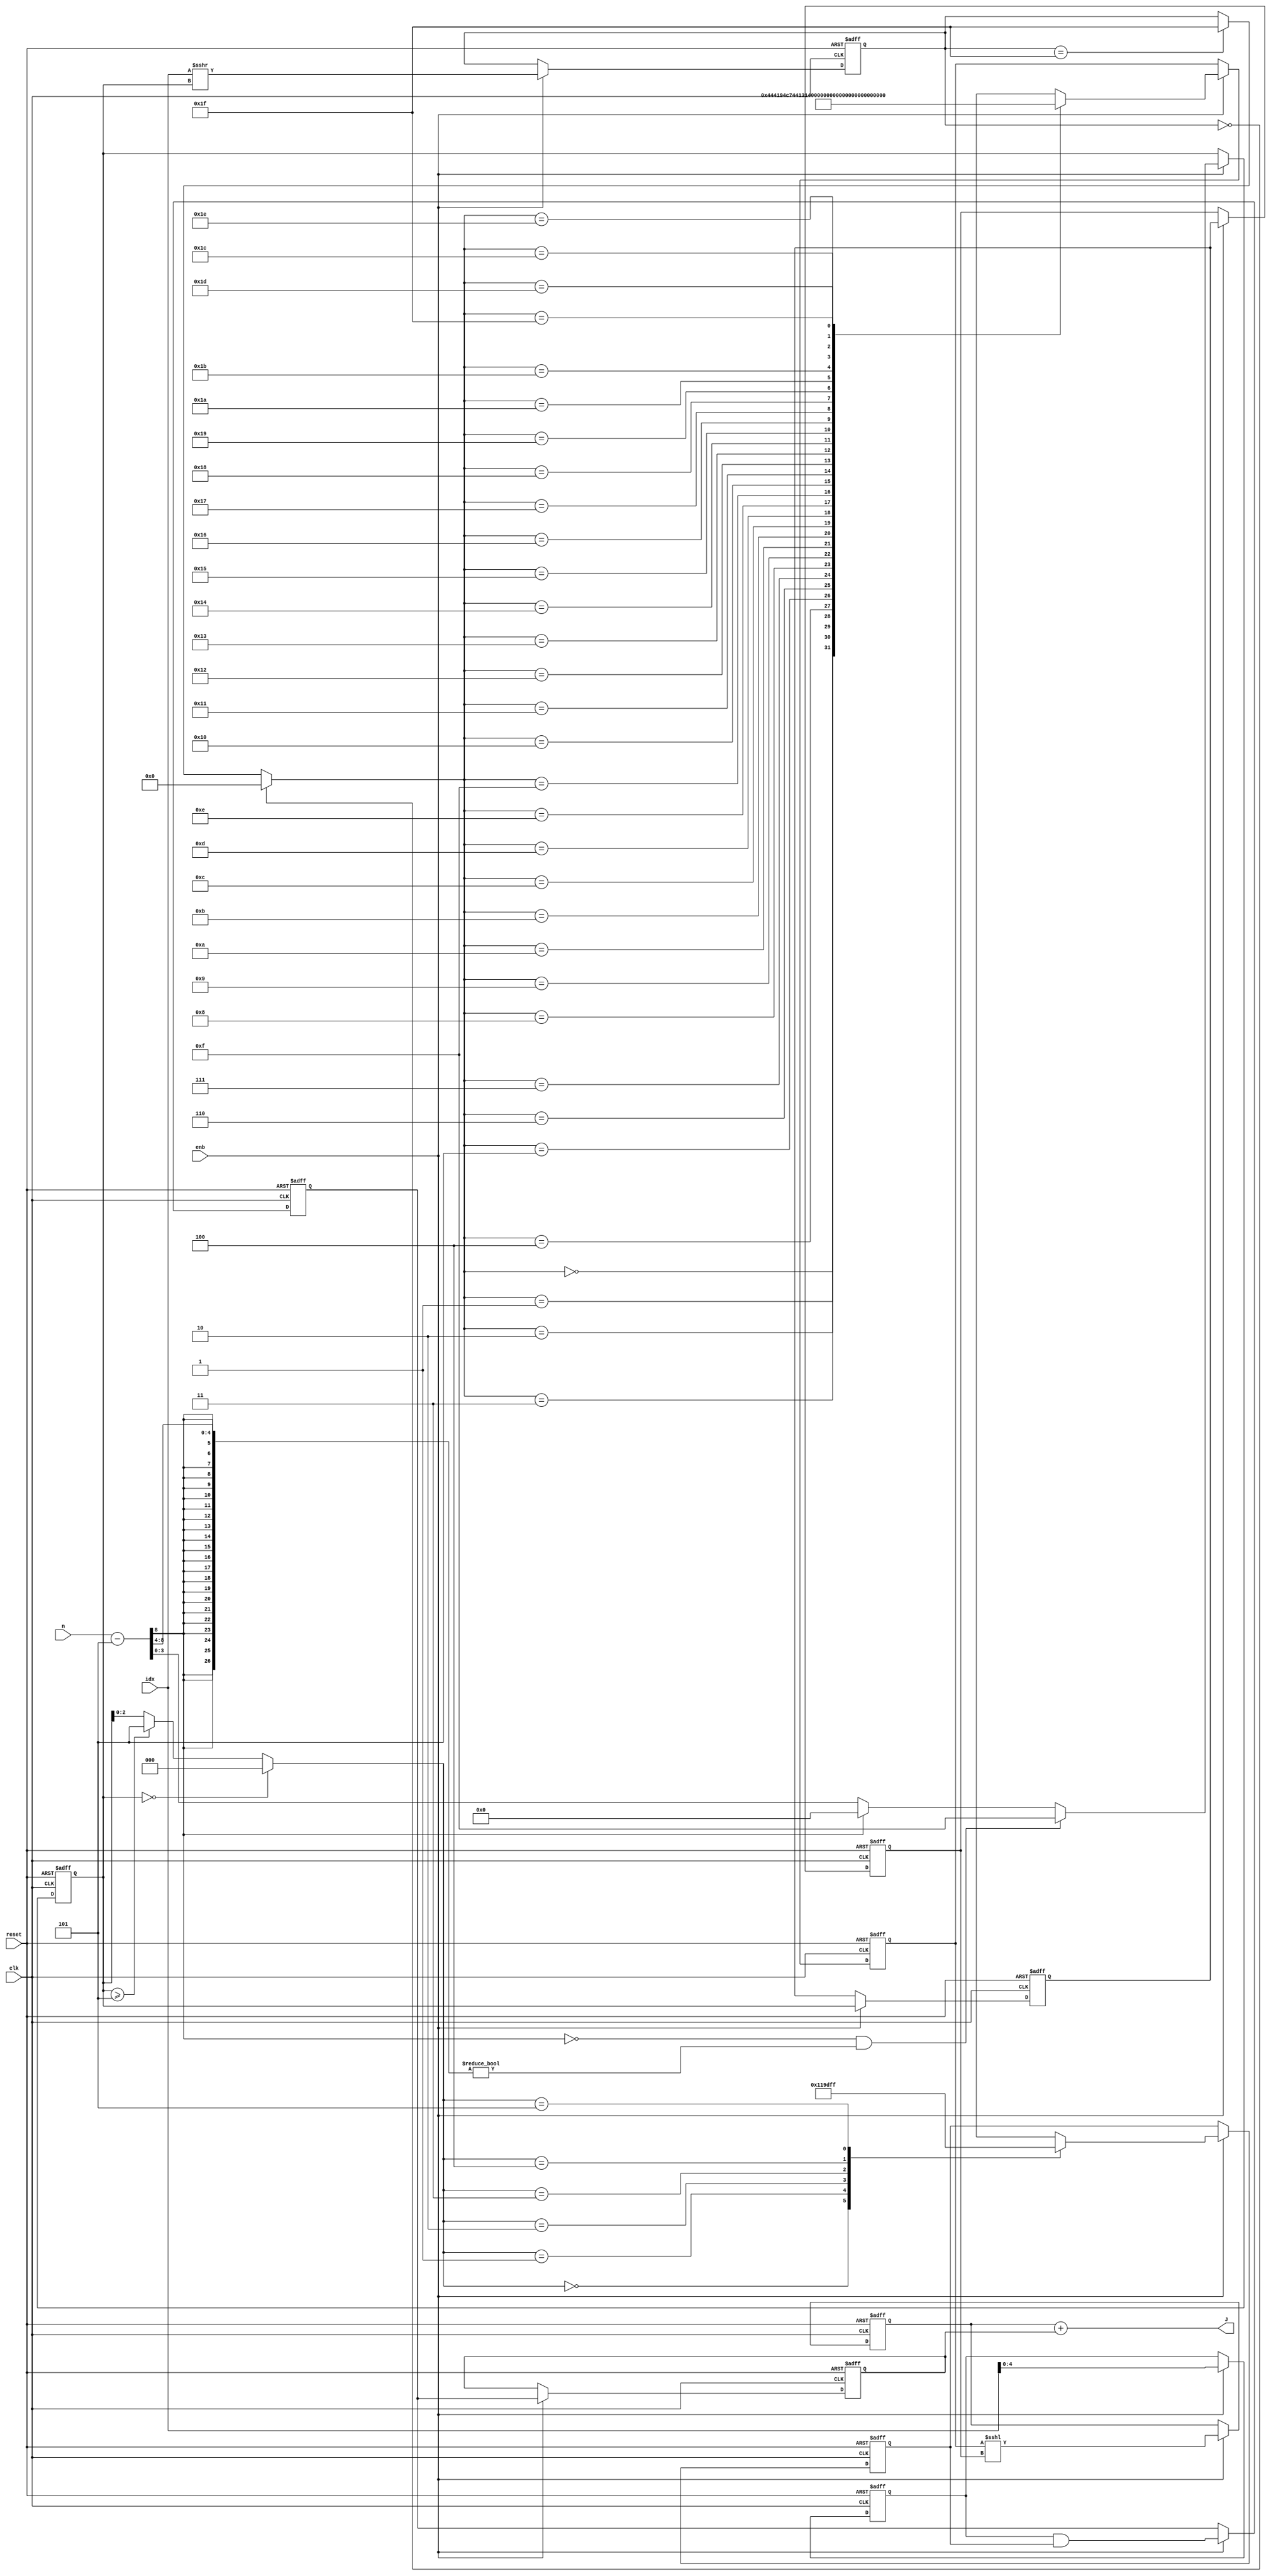
// -------------------------------------------------------------
// 
// 
// Generated by MATLAB 9.8 and HDL Coder 3.16
// 
// -------------------------------------------------------------


// -------------------------------------------------------------
// 
// Module: J_calc
// Source Path: NRPolarEncodeHDL/HDL Algorithm/NR Polar Encoder/configure/shortPunc/J_calc
// Hierarchy Level: 4
// 
// -------------------------------------------------------------

`timescale 1 ns / 1 ns

module J_calc
          (clk,
           reset,
           enb,
           idx,
           n,
           J);


  input   clk;
  input   reset;
  input   enb;
  input   [9:0] idx;  // ufix10
  input   [7:0] n;  // uint8
  output  [9:0] J;  // ufix10


  wire [2:0] Constant_out1;  // ufix3
  wire signed [31:0] Subtract_sub_temp;  // sfix32
  wire signed [31:0] Subtract_1;  // sfix32
  wire signed [31:0] Subtract_2;  // sfix32
  wire [3:0] Subtract_out1;  // ufix4
  reg [3:0] Delay9_out1;  // ufix4
  wire [7:0] shift_arithmetic_1;  // uint8
  wire [9:0] Shift_Arithmetic_out1;  // ufix10
  wire [4:0] Data_Type_Conversion_out1;  // ufix5
  reg [4:0] Delay8_out1;  // ufix5
  wire [4:0] alpha1_D_Lookup_Table_k;  // ufix5
  wire [4:0] alpha1_D_Lookup_Table_1 [0:31];  // ufix5 [32]
  wire [4:0] alpha1_D_Lookup_Table_out1;  // ufix5
  reg [4:0] Delay_out1;  // ufix5
  wire [9:0] Data_Type_Conversion1_out1;  // ufix10
  reg [3:0] Delay1_reg [0:1];  // ufix4 [2]
  wire [3:0] Delay1_reg_next [0:1];  // ufix4 [2]
  wire [3:0] Delay1_out1;  // ufix4
  wire [7:0] shift_arithmetic1_1;  // uint8
  wire [9:0] Shift_Arithmetic1_out1;  // ufix10
  reg [9:0] Delay3_out1;  // ufix10
  wire [4:0] Cast_out1;  // ufix5
  reg [4:0] Delay6_out1;  // ufix5
  wire [2:0] alpha1_D_Lookup_Table1_k;  // ufix3
  wire [4:0] alpha1_D_Lookup_Table1_1 [0:5];  // ufix5 [6]
  wire [4:0] alpha1_D_Lookup_Table1_out1;  // ufix5
  reg [4:0] Delay5_out1;  // ufix5
  wire [4:0] AND_out1;  // ufix5
  reg [4:0] Delay4_reg [0:1];  // ufix5 [2]
  wire [4:0] Delay4_reg_next [0:1];  // ufix5 [2]
  wire [4:0] Delay4_out1;  // ufix5
  wire [31:0] Add_add_temp;  // ufix32
  wire [31:0] Add_1;  // ufix32
  wire [31:0] Add_2;  // ufix32
  wire [9:0] Add_out1;  // ufix10


  assign Constant_out1 = 3'b101;



  assign Subtract_1 = {24'b0, n};
  assign Subtract_2 = {29'b0, Constant_out1};
  assign Subtract_sub_temp = Subtract_1 - Subtract_2;
  assign Subtract_out1 = ((Subtract_sub_temp[31] == 1'b0) && (Subtract_sub_temp[30:4] != 27'b000000000000000000000000000) ? 4'b1111 :
              (Subtract_sub_temp[31] == 1'b1 ? 4'b0000 :
              Subtract_sub_temp[3:0]));



  always @(posedge clk or posedge reset)
    begin : Delay9_process
      if (reset == 1'b1) begin
        Delay9_out1 <= 4'b0000;
      end
      else begin
        if (enb) begin
          Delay9_out1 <= Subtract_out1;
        end
      end
    end



  assign shift_arithmetic_1 = {4'b0, Delay9_out1};
  assign Shift_Arithmetic_out1 = idx >>> shift_arithmetic_1;



  assign Data_Type_Conversion_out1 = Shift_Arithmetic_out1[4:0];



  always @(posedge clk or posedge reset)
    begin : Delay8_process
      if (reset == 1'b1) begin
        Delay8_out1 <= 5'b00000;
      end
      else begin
        if (enb) begin
          Delay8_out1 <= Data_Type_Conversion_out1;
        end
      end
    end



  assign alpha1_D_Lookup_Table_1[0] = 5'b00000;
  assign alpha1_D_Lookup_Table_1[1] = 5'b00001;
  assign alpha1_D_Lookup_Table_1[2] = 5'b00010;
  assign alpha1_D_Lookup_Table_1[3] = 5'b00100;
  assign alpha1_D_Lookup_Table_1[4] = 5'b00011;
  assign alpha1_D_Lookup_Table_1[5] = 5'b00101;
  assign alpha1_D_Lookup_Table_1[6] = 5'b00110;
  assign alpha1_D_Lookup_Table_1[7] = 5'b00111;
  assign alpha1_D_Lookup_Table_1[8] = 5'b01000;
  assign alpha1_D_Lookup_Table_1[9] = 5'b10000;
  assign alpha1_D_Lookup_Table_1[10] = 5'b01001;
  assign alpha1_D_Lookup_Table_1[11] = 5'b10001;
  assign alpha1_D_Lookup_Table_1[12] = 5'b01010;
  assign alpha1_D_Lookup_Table_1[13] = 5'b10010;
  assign alpha1_D_Lookup_Table_1[14] = 5'b01011;
  assign alpha1_D_Lookup_Table_1[15] = 5'b10011;
  assign alpha1_D_Lookup_Table_1[16] = 5'b01100;
  assign alpha1_D_Lookup_Table_1[17] = 5'b10100;
  assign alpha1_D_Lookup_Table_1[18] = 5'b01101;
  assign alpha1_D_Lookup_Table_1[19] = 5'b10101;
  assign alpha1_D_Lookup_Table_1[20] = 5'b01110;
  assign alpha1_D_Lookup_Table_1[21] = 5'b10110;
  assign alpha1_D_Lookup_Table_1[22] = 5'b01111;
  assign alpha1_D_Lookup_Table_1[23] = 5'b10111;
  assign alpha1_D_Lookup_Table_1[24] = 5'b11000;
  assign alpha1_D_Lookup_Table_1[25] = 5'b11001;
  assign alpha1_D_Lookup_Table_1[26] = 5'b11010;
  assign alpha1_D_Lookup_Table_1[27] = 5'b11100;
  assign alpha1_D_Lookup_Table_1[28] = 5'b11011;
  assign alpha1_D_Lookup_Table_1[29] = 5'b11101;
  assign alpha1_D_Lookup_Table_1[30] = 5'b11110;
  assign alpha1_D_Lookup_Table_1[31] = 5'b11111;
  assign alpha1_D_Lookup_Table_k = (Delay8_out1 == 5'b00000 ? 5'b00000 :
              (Delay8_out1 == 5'b11111 ? 5'b11111 :
              Delay8_out1));
  assign alpha1_D_Lookup_Table_out1 = alpha1_D_Lookup_Table_1[alpha1_D_Lookup_Table_k];



  always @(posedge clk or posedge reset)
    begin : Delay_process
      if (reset == 1'b1) begin
        Delay_out1 <= 5'b00000;
      end
      else begin
        if (enb) begin
          Delay_out1 <= alpha1_D_Lookup_Table_out1;
        end
      end
    end



  assign Data_Type_Conversion1_out1 = {5'b0, Delay_out1};



  always @(posedge clk or posedge reset)
    begin : Delay1_process
      if (reset == 1'b1) begin
        Delay1_reg[0] <= 4'b0000;
        Delay1_reg[1] <= 4'b0000;
      end
      else begin
        if (enb) begin
          Delay1_reg[0] <= Delay1_reg_next[0];
          Delay1_reg[1] <= Delay1_reg_next[1];
        end
      end
    end

  assign Delay1_out1 = Delay1_reg[1];
  assign Delay1_reg_next[0] = Delay9_out1;
  assign Delay1_reg_next[1] = Delay1_reg[0];



  assign shift_arithmetic1_1 = {4'b0, Delay1_out1};
  assign Shift_Arithmetic1_out1 = Data_Type_Conversion1_out1 <<< shift_arithmetic1_1;



  always @(posedge clk or posedge reset)
    begin : Delay3_process
      if (reset == 1'b1) begin
        Delay3_out1 <= 10'b0000000000;
      end
      else begin
        if (enb) begin
          Delay3_out1 <= Shift_Arithmetic1_out1;
        end
      end
    end



  assign Cast_out1 = idx[4:0];



  always @(posedge clk or posedge reset)
    begin : Delay6_process
      if (reset == 1'b1) begin
        Delay6_out1 <= 5'b00000;
      end
      else begin
        if (enb) begin
          Delay6_out1 <= Cast_out1;
        end
      end
    end



  assign alpha1_D_Lookup_Table1_1[0] = 5'b00000;
  assign alpha1_D_Lookup_Table1_1[1] = 5'b00001;
  assign alpha1_D_Lookup_Table1_1[2] = 5'b00011;
  assign alpha1_D_Lookup_Table1_1[3] = 5'b00111;
  assign alpha1_D_Lookup_Table1_1[4] = 5'b01111;
  assign alpha1_D_Lookup_Table1_1[5] = 5'b11111;
  assign alpha1_D_Lookup_Table1_k = (Delay9_out1 == 4'b0000 ? 3'b000 :
              (Delay9_out1 >= 4'b0101 ? 3'b101 :
              Delay9_out1[2:0]));
  assign alpha1_D_Lookup_Table1_out1 = alpha1_D_Lookup_Table1_1[alpha1_D_Lookup_Table1_k];



  always @(posedge clk or posedge reset)
    begin : Delay5_process
      if (reset == 1'b1) begin
        Delay5_out1 <= 5'b00000;
      end
      else begin
        if (enb) begin
          Delay5_out1 <= alpha1_D_Lookup_Table1_out1;
        end
      end
    end



  assign AND_out1 = Delay6_out1 & Delay5_out1;



  always @(posedge clk or posedge reset)
    begin : Delay4_process
      if (reset == 1'b1) begin
        Delay4_reg[0] <= 5'b00000;
        Delay4_reg[1] <= 5'b00000;
      end
      else begin
        if (enb) begin
          Delay4_reg[0] <= Delay4_reg_next[0];
          Delay4_reg[1] <= Delay4_reg_next[1];
        end
      end
    end

  assign Delay4_out1 = Delay4_reg[1];
  assign Delay4_reg_next[0] = AND_out1;
  assign Delay4_reg_next[1] = Delay4_reg[0];



  assign Add_1 = {22'b0, Delay3_out1};
  assign Add_2 = {27'b0, Delay4_out1};
  assign Add_add_temp = Add_1 + Add_2;
  assign Add_out1 = Add_add_temp[9:0];



  assign J = Add_out1;

endmodule  // J_calc